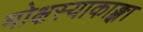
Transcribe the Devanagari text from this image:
मोक्षस्याकाङ्क्षा